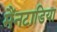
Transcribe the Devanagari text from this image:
मैंनटाडिया